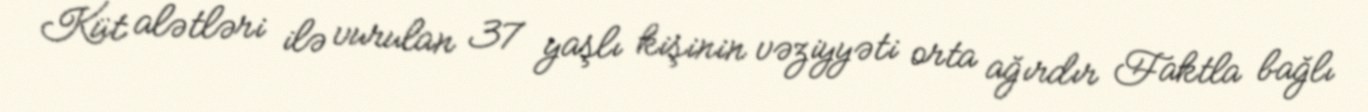
Küt alətləri ilə vurulan 37 yaşlı kişinin vəziyyəti orta ağırdır Faktla bağlı